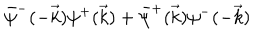
\bar { \psi } ^ { - } ( - \vec { k } ) \psi ^ { + } ( \vec { k } ) + \bar { \psi } ^ { + } ( \vec { k } ) \psi ^ { - } ( - \vec { k } )